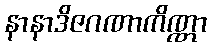
နာနာဒိဇဂဏာကိဏ္ဏာ